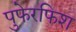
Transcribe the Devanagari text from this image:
पुफेरफिश